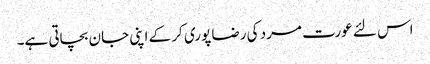
اس لئے عورت مرد کی رضا پوری کر کے اپنی جان بچاتی ہے۔